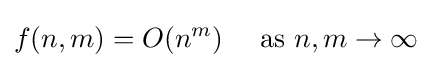
f(n,m)=O(n^{m})\quad {\text{ as }}n,m\to \infty